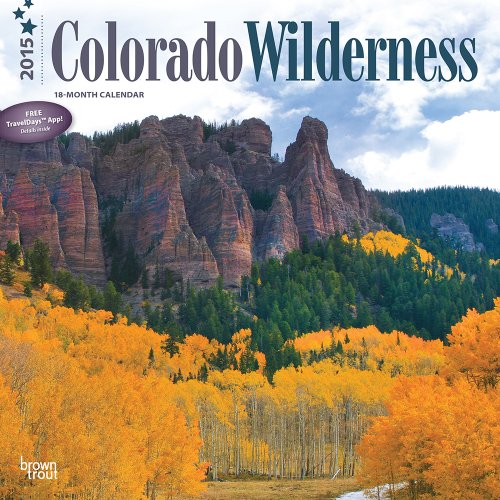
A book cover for Colorado Wilderness 2015 Square 12x12 (Multilingual Edition); BrownTrout; Calendars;